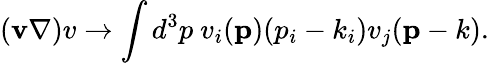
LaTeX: ({\mathbf v\nabla)v}\rightarrow\int d^{3}p~v_{i}({\mathbf p})(p_{i}-k_{i})v_{j}({\mathbf p-k}).